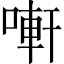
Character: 𠻃